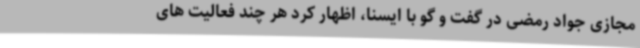
مجازی جواد رمضی در گفت و گو با ایسنا، اظهار کرد هر چند فعالیت های